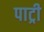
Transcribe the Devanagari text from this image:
पाट्री